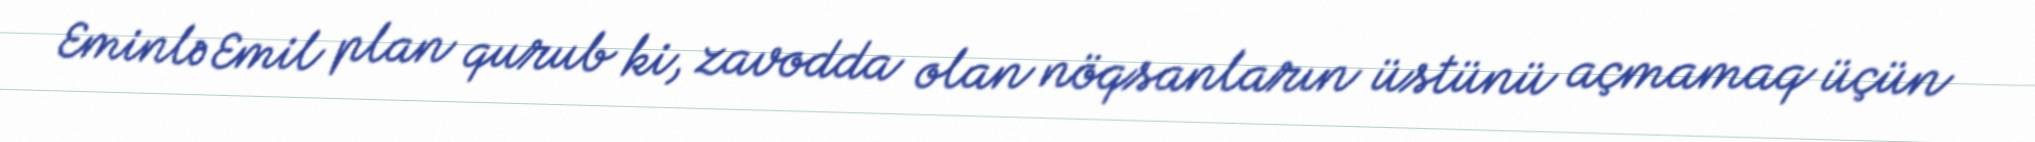
Eminlə Emil plan qurub ki, zavodda olan nöqsanların üstünü açmamaq üçün